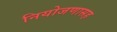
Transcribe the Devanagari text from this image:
नियोजणासह